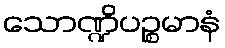
သောဏ္ဍိပဉ္စမာနံ